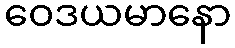
ဝေဒယမာနော